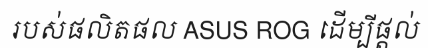
របស់ផលិតផល ASUS ROG ដើម្បីផ្តល់